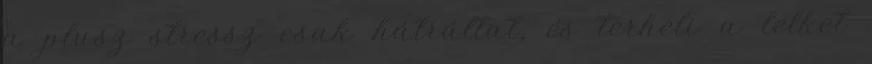
a plusz stressz csak hátráltat, és terheli a lelket